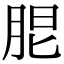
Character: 𦚢